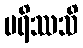
မရိဿသိ